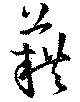
藉